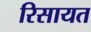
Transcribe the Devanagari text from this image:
रिसायत